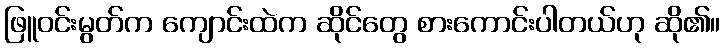
ဖြူဝင်းမွတ်က ကျောင်းထဲက ဆိုင်တွေ စားကောင်းပါတယ်ဟု ဆို၏။